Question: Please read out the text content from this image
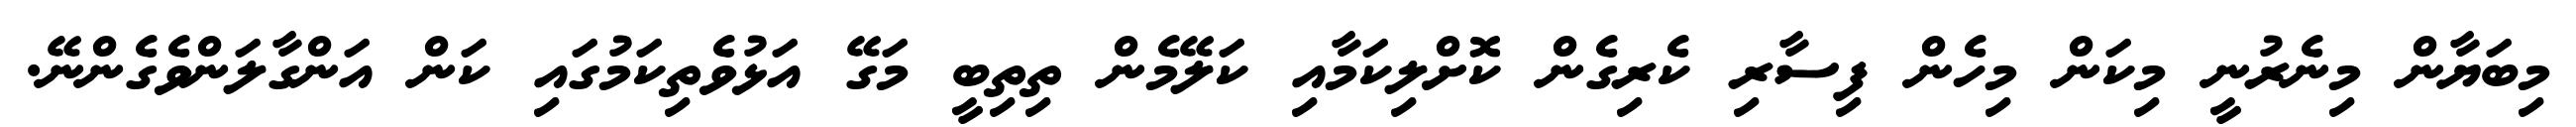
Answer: މިބަޔާން މިނެރުނީ މިކަން މިހެން ފިސާރި ކެރިގެން ކޮށްލިކަމާއި ކަލޭމެން ތިތިބީ މަގޭ އަޅުވެތިކަމުގައި ކަން އަންގާލަންވެގެންނޭ.